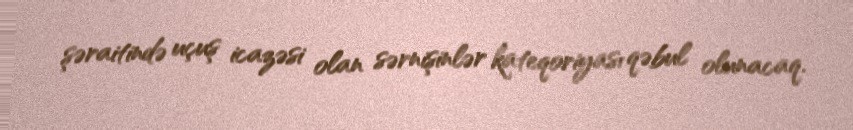
şəraitində uçuş icazəsi olan sərnişinlər kateqoriyası qəbul olunacaq.